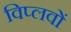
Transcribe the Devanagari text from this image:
विप्लवों